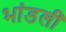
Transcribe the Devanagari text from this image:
भांडली